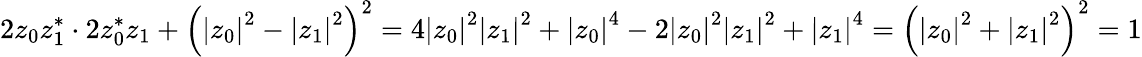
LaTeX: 2z_{0}z_{1}^{\ast}\cdot 2z_{0}^{\ast}z_{1}+\left(\left|z_{0}\right|^{2}-\left|z_{1}\right|^{2}\right)^{2}=4\left|z_{0}\right|^{2}\left|z_{1}\right|^{2}+\left|z_{0}\right|^{4}-2\left|z_{0}\right|^{2}\left|z_{1}\right|^{2}+\left|z_{1}\right|^{4}=\left(\left|z_{0}\right|^{2}+\left|z_{1}\right|^{2}\right)^{2}=1